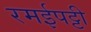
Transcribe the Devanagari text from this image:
रमईपट्टी